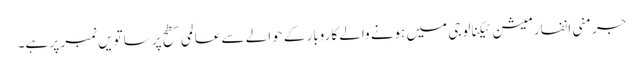
جرمنی انفارمیشن ٹیکنالوجی میں ہونے والے کاروبار کے حوالے سے عالمی سطح پر ساتویں نمبر پر ہے۔